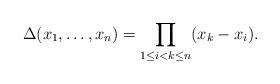
LaTeX: \begin{align*}\Delta(x_1,\ldots, x_n)=\prod_{1\leq i<k\leq n}(x_k-x_i).\end{align*}